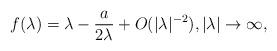
LaTeX: \begin{align*}f(\lambda) = \lambda - \frac{a}{2\lambda} + O(|\lambda|^{-2}), \lvert \lambda \rvert \to \infty,\end{align*}